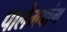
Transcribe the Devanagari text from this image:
पालेमबांग